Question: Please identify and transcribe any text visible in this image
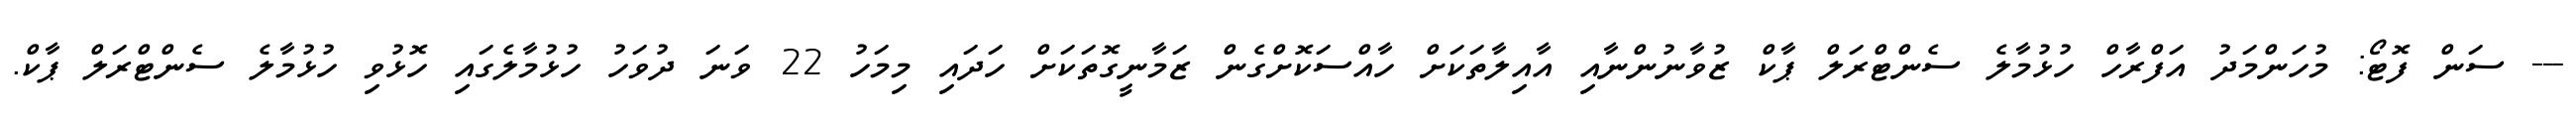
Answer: --- ސަން ފޮޓޯ: މުހަންމަދު އަފްރާހް ހުޅުމާލެ ސެންޓްރަލް ޕާކް ޒުވާނުންނާއި އާއިލާތަކަށް ހާއްސަކޮށްގެން ޒަމާނީގޮތަކަށް ހަދައި މިމަހު 22 ވަނަ ދުވަހު ހުޅުމާލެގައި ހޮޅުވި ހުޅުމާލެ ސެންޓްރަލް ޕާކް.